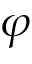
\varphi